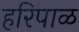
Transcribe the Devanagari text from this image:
हरिपाळ